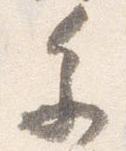
参